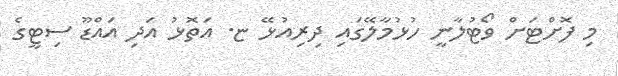
މި ފޮށްޓަށް ވޯޓުލާނީ ހުޅުމާލޭގައި ދިރިއުޅޭ ޏ. އަތޮޅު އަދި އައްޑޫ ސިޓީގެ